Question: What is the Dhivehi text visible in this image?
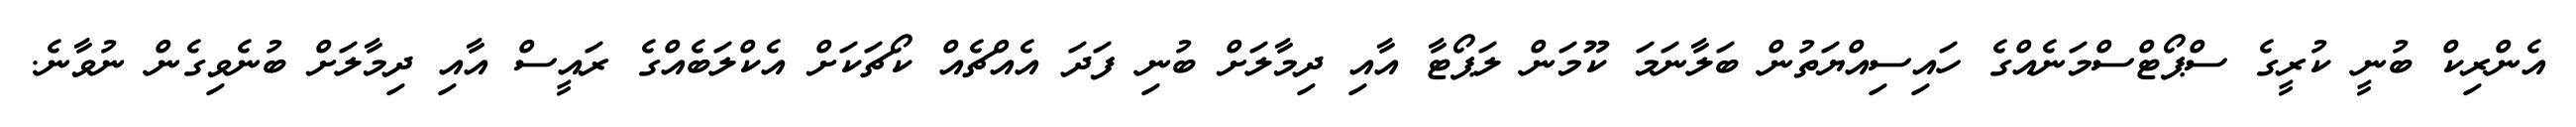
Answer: އެންރިކް ބުނީ ކުރީގެ ސްޕޯޓްސްމަނެއްގެ ހައިސިއްޔަތުން ބަލާނަމަ ކޫމަން ލަޕޯޓާ އާއި ދިމާލަށް ބުނި ފަދަ އެއްޗެއް ކޯޗަކަށް އެކްލަބެއްގެ ރައީސް އާއި ދިމާލަށް ބުނެވިގެން ނުވާނެ.